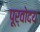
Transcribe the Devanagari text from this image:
पूर्वोदय